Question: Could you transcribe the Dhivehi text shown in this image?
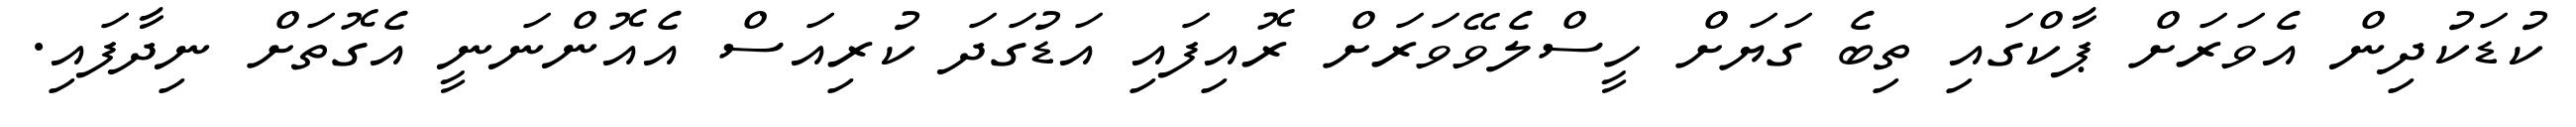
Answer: ކުޑަކުދިން އެވަރަށް ޕާކްގައި ތިބެ ގަޔަށް ހީސްލެވޭވަރަށް ރޮއިފައި އަޑުގަދަ ކުރިއަސް އެއޮންނަނީ އެގޮތަށް ނިދާފައި.